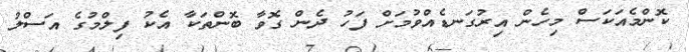
ކޮންމެއަކަސް މިހެން އިރުގަނޑެއްވުމަށް ފަހު ދެން ގޮވާ ބޮންތަކާ އެކު ފިލްމުގެ އަސްލު